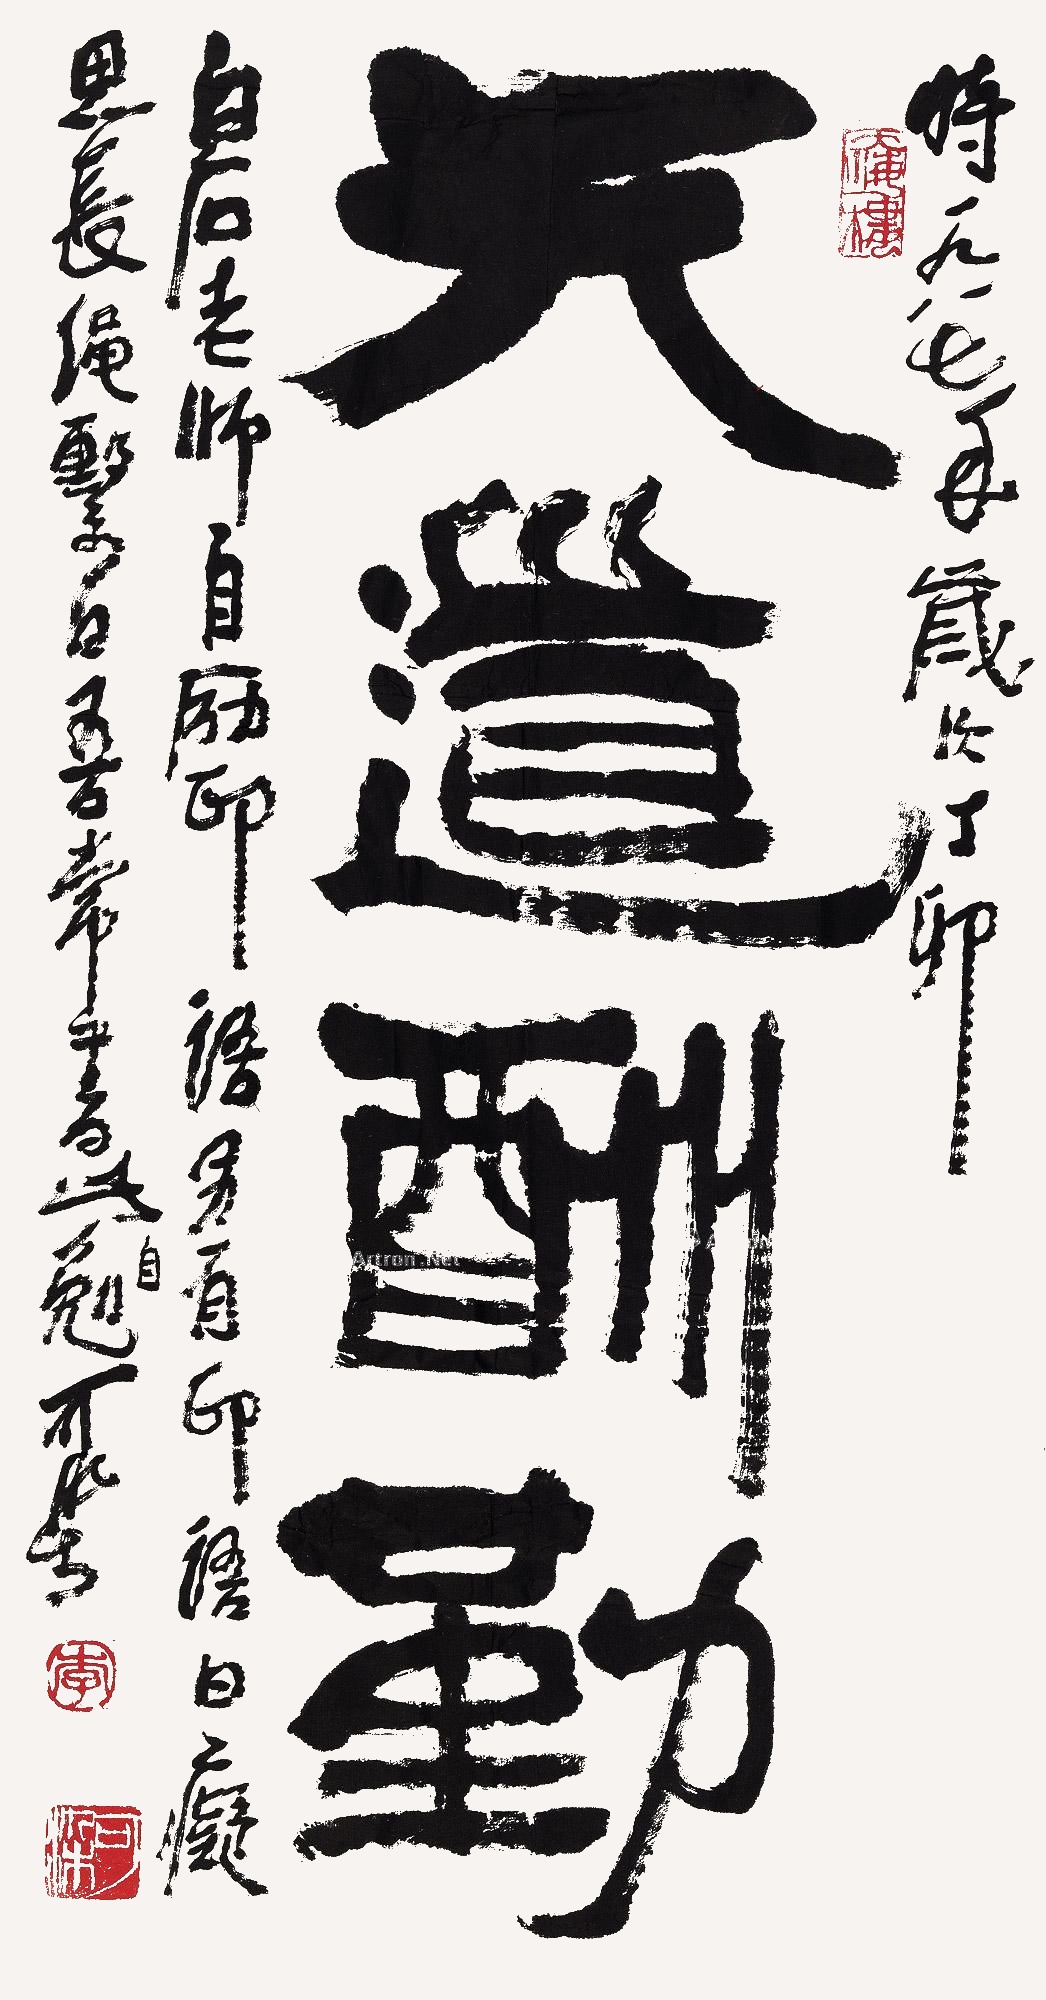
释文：天道酬勤时一九八七年岁次丁卯，白石老师自励印语，另有印语曰：痴思长绳系日。吾常书此自勉。可染。